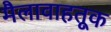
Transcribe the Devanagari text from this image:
मैलावाहतूक